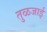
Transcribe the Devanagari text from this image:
तुळजाई